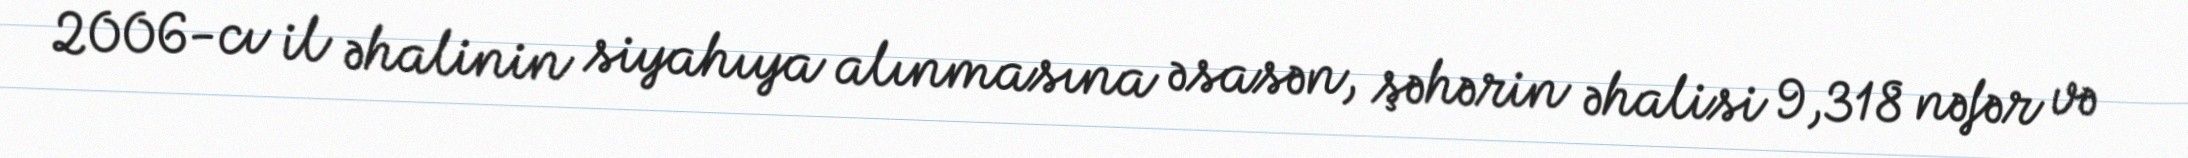
2006-cı il əhalinin siyahıya alınmasına əsasən, şəhərin əhalisi 9,318 nəfər və